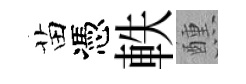
苗憑軼醺